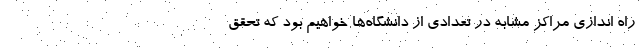
راه اندازی مراکز مشابه در تعدادی از دانشگاه‌ها خواهیم بود که تحقق